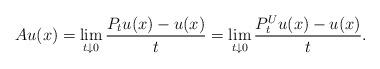
LaTeX: \begin{align*}Au(x) = \lim_{ t \downarrow 0} \frac{P_t u(x) - u(x)}{t}=\lim_{ t \downarrow 0} \frac{P_t^U u(x) - u(x)}{t}. \end{align*}